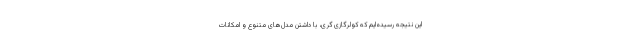
این نتیجه رسیده‌ایم که کولرگازی گری، با داشتن مدل‌های متنوع و امکانات